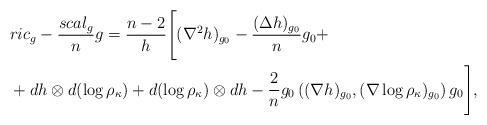
LaTeX: \begin{align*} \begin{aligned} &ric_g-\frac{scal_g}{n}g=\frac{n-2}{h}\Bigg[(\nabla^2h)_{g_0}-\frac{(\Delta h)_{g_0}}{n}g_0+\\ &+dh\otimes d(\log\rho_\kappa)+d(\log\rho_\kappa)\otimes dh-\frac{2}{n}g_0\left((\nabla h)_{g_0},(\nabla\log\rho_\kappa)_{g_0}\right)g_0\Bigg], \end{aligned} \end{align*}